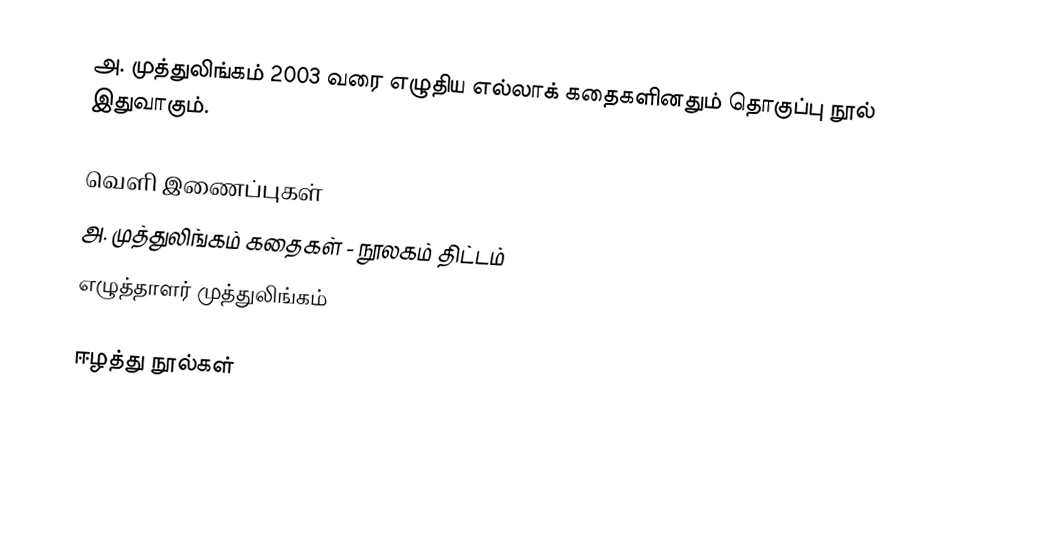
அ. முத்துலிங்கம் 2003 வரை எழுதிய எல்லாக் கதைகளினதும் தொகுப்பு நூல் இதுவாகும்.

வெளி இணைப்புகள்
 அ. முத்துலிங்கம் கதைகள் - நூலகம் திட்டம்
 எழுத்தாளர் முத்துலிங்கம்

ஈழத்து நூல்கள்